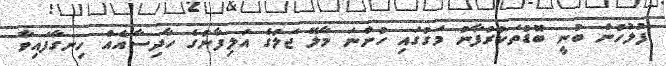
ފުލުހުން ބުނީ ބޮޑުތަކުރުފާނު މަގުގައި ހުންނަ މާލޭ ޖަލުގެ އަލިފާނުގެ ހާދިސާއެއް ހިނގާފައިވާ